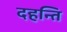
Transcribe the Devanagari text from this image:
दहन्ति